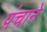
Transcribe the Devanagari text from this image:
पंचाने